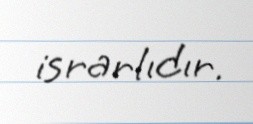
israrlıdır.